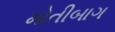
મોતીબાગ